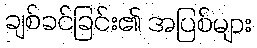
ချစ်ခင်ခြင်း၏ အပြစ်များ